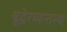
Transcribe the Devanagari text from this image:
बुद्धेरप्यन्तस्थं